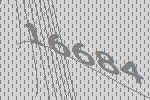
16684